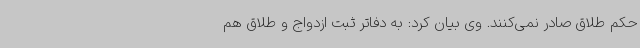
حکم طلاق صادر نمی‌کنند. وی بیان کرد: به دفاتر ثبت ازدواج و طلاق هم